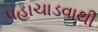
પહાચાડવાથી